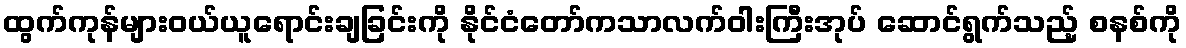
ထွက်ကုန်များဝယ်ယူရောင်းချခြင်းကို နိုင်ငံတော်ကသာလက်ဝါးကြီးအုပ် ဆောင်ရွက်သည့် စနစ်ကို